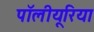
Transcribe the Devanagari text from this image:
पॉलीयूरिया